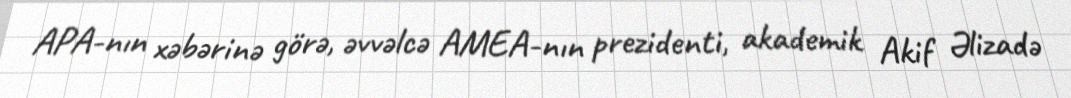
APA-nın xəbərinə görə, əvvəlcə AMEA-nın prezidenti, akademik Akif Əlizadə